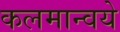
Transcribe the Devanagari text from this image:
कलमान्वये